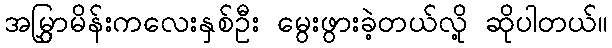
အမြွှာမိန်းကလေးနှစ်ဦး မွေးဖွားခဲ့တယ်လို့ ဆိုပါတယ်။